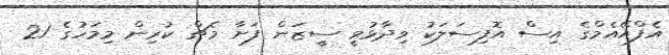
އެފްއޭއެމްގެ އިސް އޮފިސަލަކު ވިދާޅުވީ ސީޒަން ފަށާ މެޗް ކުރިން މިމަހުގެ 21